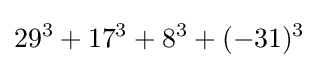
29^{3}+17^{3}+8^{3}+(-31)^{3}